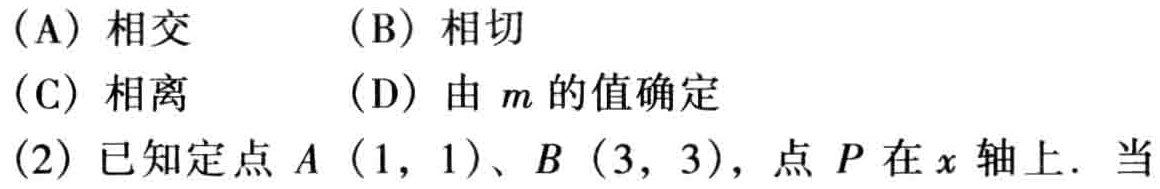
(A) 相交  (B) 相切

(C) 相离  (D) 由 \(m\) 的值确定

(2) 已知定点 \(A(1,1)\)、\(B(3,3)\)，点 \(P\) 在 \(x\) 轴上. 当